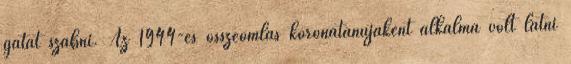
gátat szabni. Az 1944-es összeomlás koronatanújaként alkalma volt látni